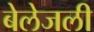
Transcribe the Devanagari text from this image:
बेलेजली